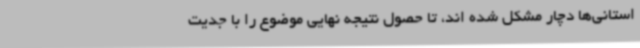
استانی‌ها دچار مشکل شده اند، تا حصول نتیجه نهایی موضوع را با جدیت